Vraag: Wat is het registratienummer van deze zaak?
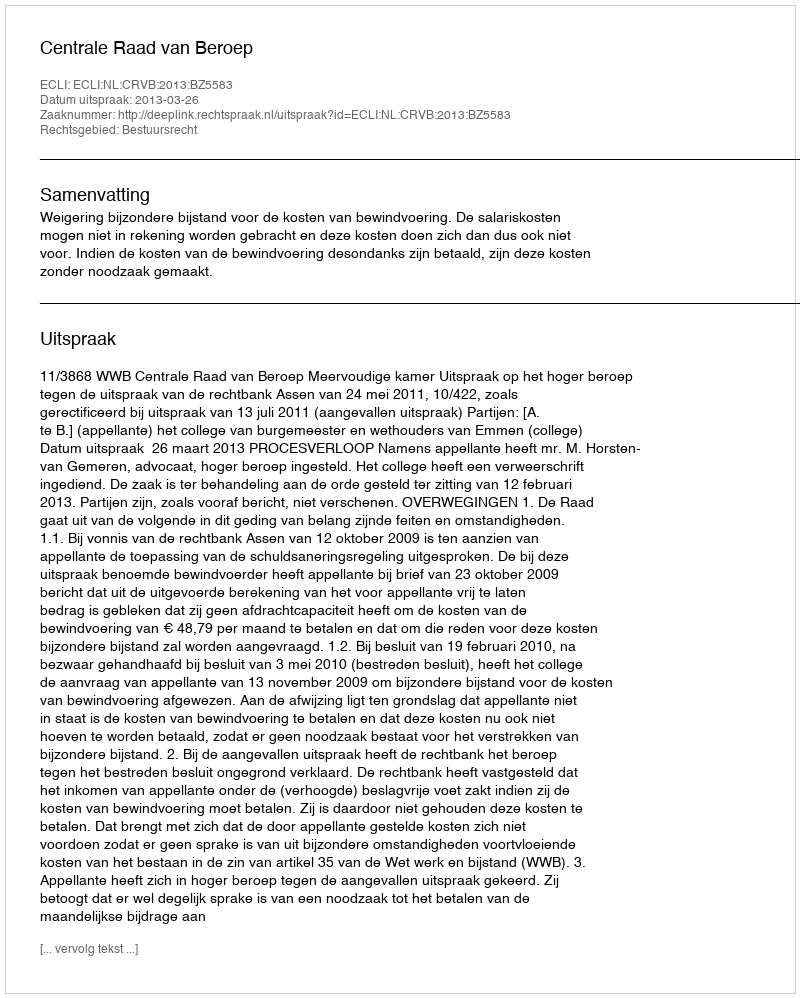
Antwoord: http://deeplink.rechtspraak.nl/uitspraak?id=ECLI:NL:CRVB:2013:BZ5583